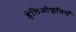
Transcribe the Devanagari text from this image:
हेलिओफ्लॉवर्स